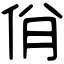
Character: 佾